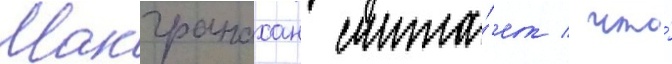
Макгранахан счита́ет / что́